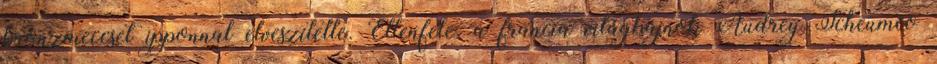
bronzmeccset ipponnal elveszítette. Ellenfele, a francia világbajnok Audrey Tcheumeo